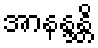
အာနန္ဒန္တိ